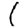
Digit: 1